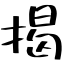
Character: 揭